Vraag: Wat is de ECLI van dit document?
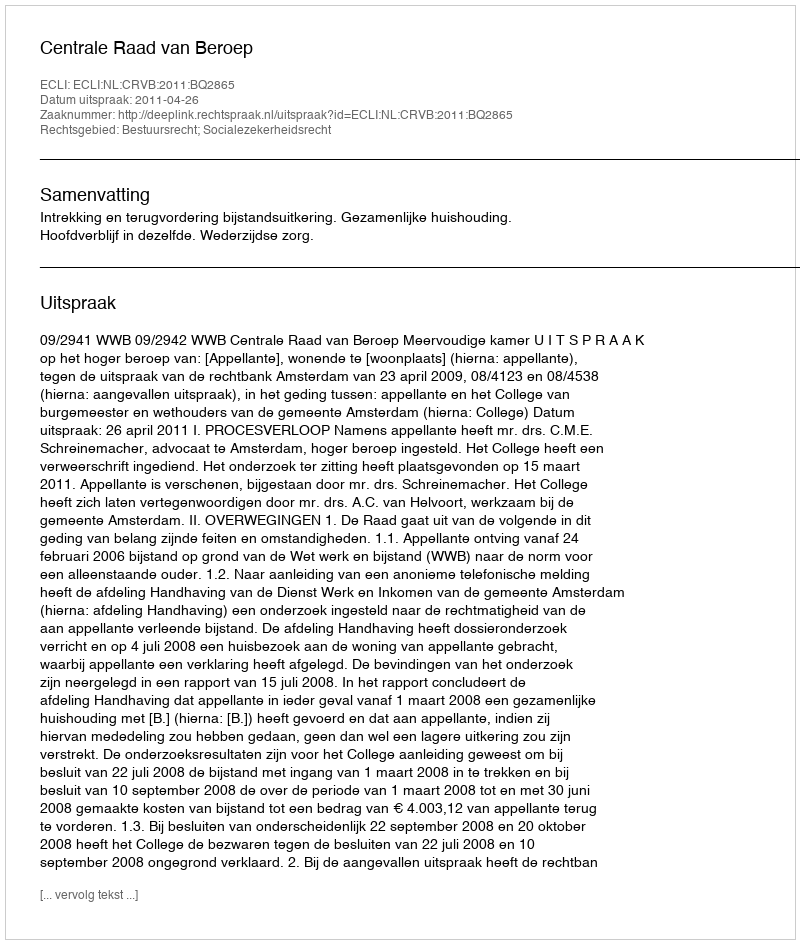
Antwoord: ECLI:NL:CRVB:2011:BQ2865